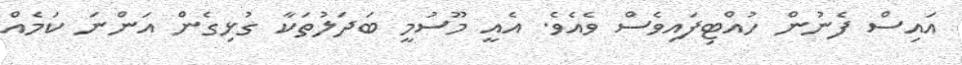
އައިސް ފެނުން ހުއްޓިފައިވެސް ވެއެވެ. އެއީ މޫސުމީ ބަދަލުތަކާ ގުޅިގެން އަންނަ ކަމެއް